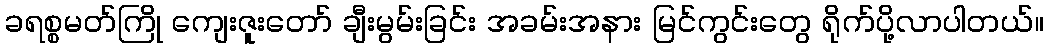
ခရစ္စမတ်ကြို ကျေးဇူးတော် ချီးမွမ်းခြင်း အခမ်းအနား မြင်ကွင်းတွေ ရိုက်ပို့လာပါတယ်။